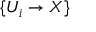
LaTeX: \{ U _ { i } \to X \}